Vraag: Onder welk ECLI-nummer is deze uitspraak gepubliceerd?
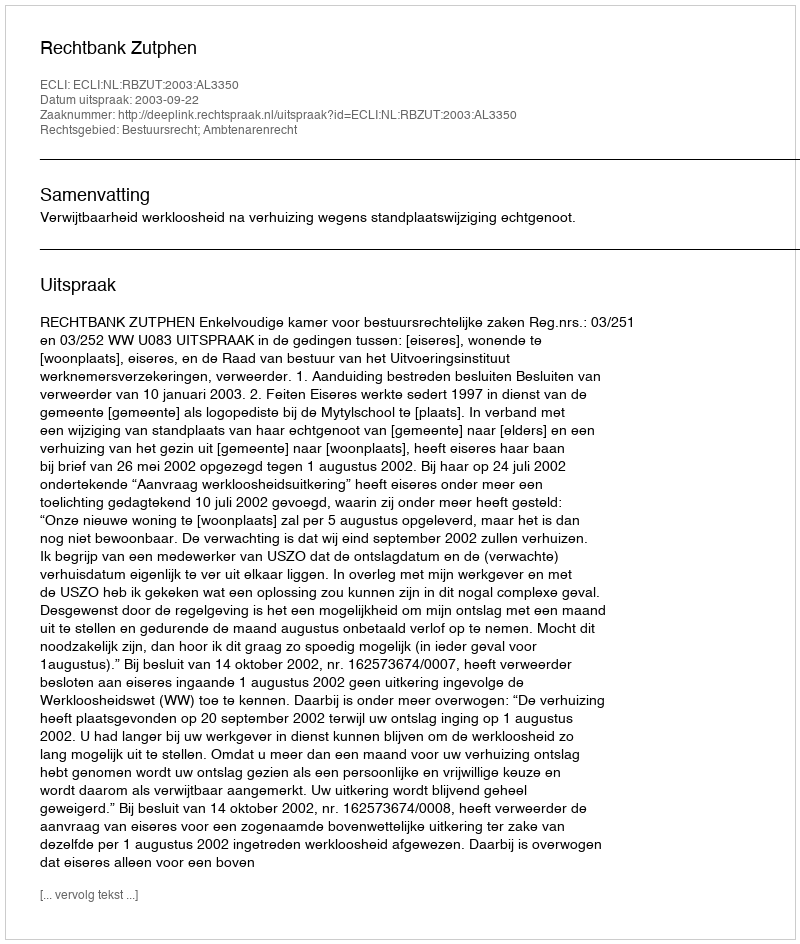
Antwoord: ECLI:NL:RBZUT:2003:AL3350